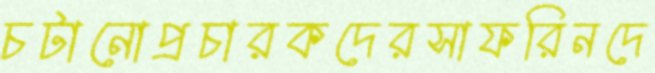
চটানোপ্রচারকদেরসাফরিনদে